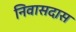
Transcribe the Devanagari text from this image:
निवासदास